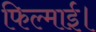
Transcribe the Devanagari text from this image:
फिल्माई।